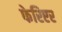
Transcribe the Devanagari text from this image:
फेरिएर